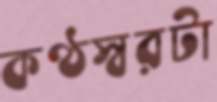
কণ্ঠস্বরটা